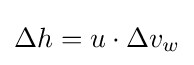
\Delta h=u\cdot \Delta v_{w}